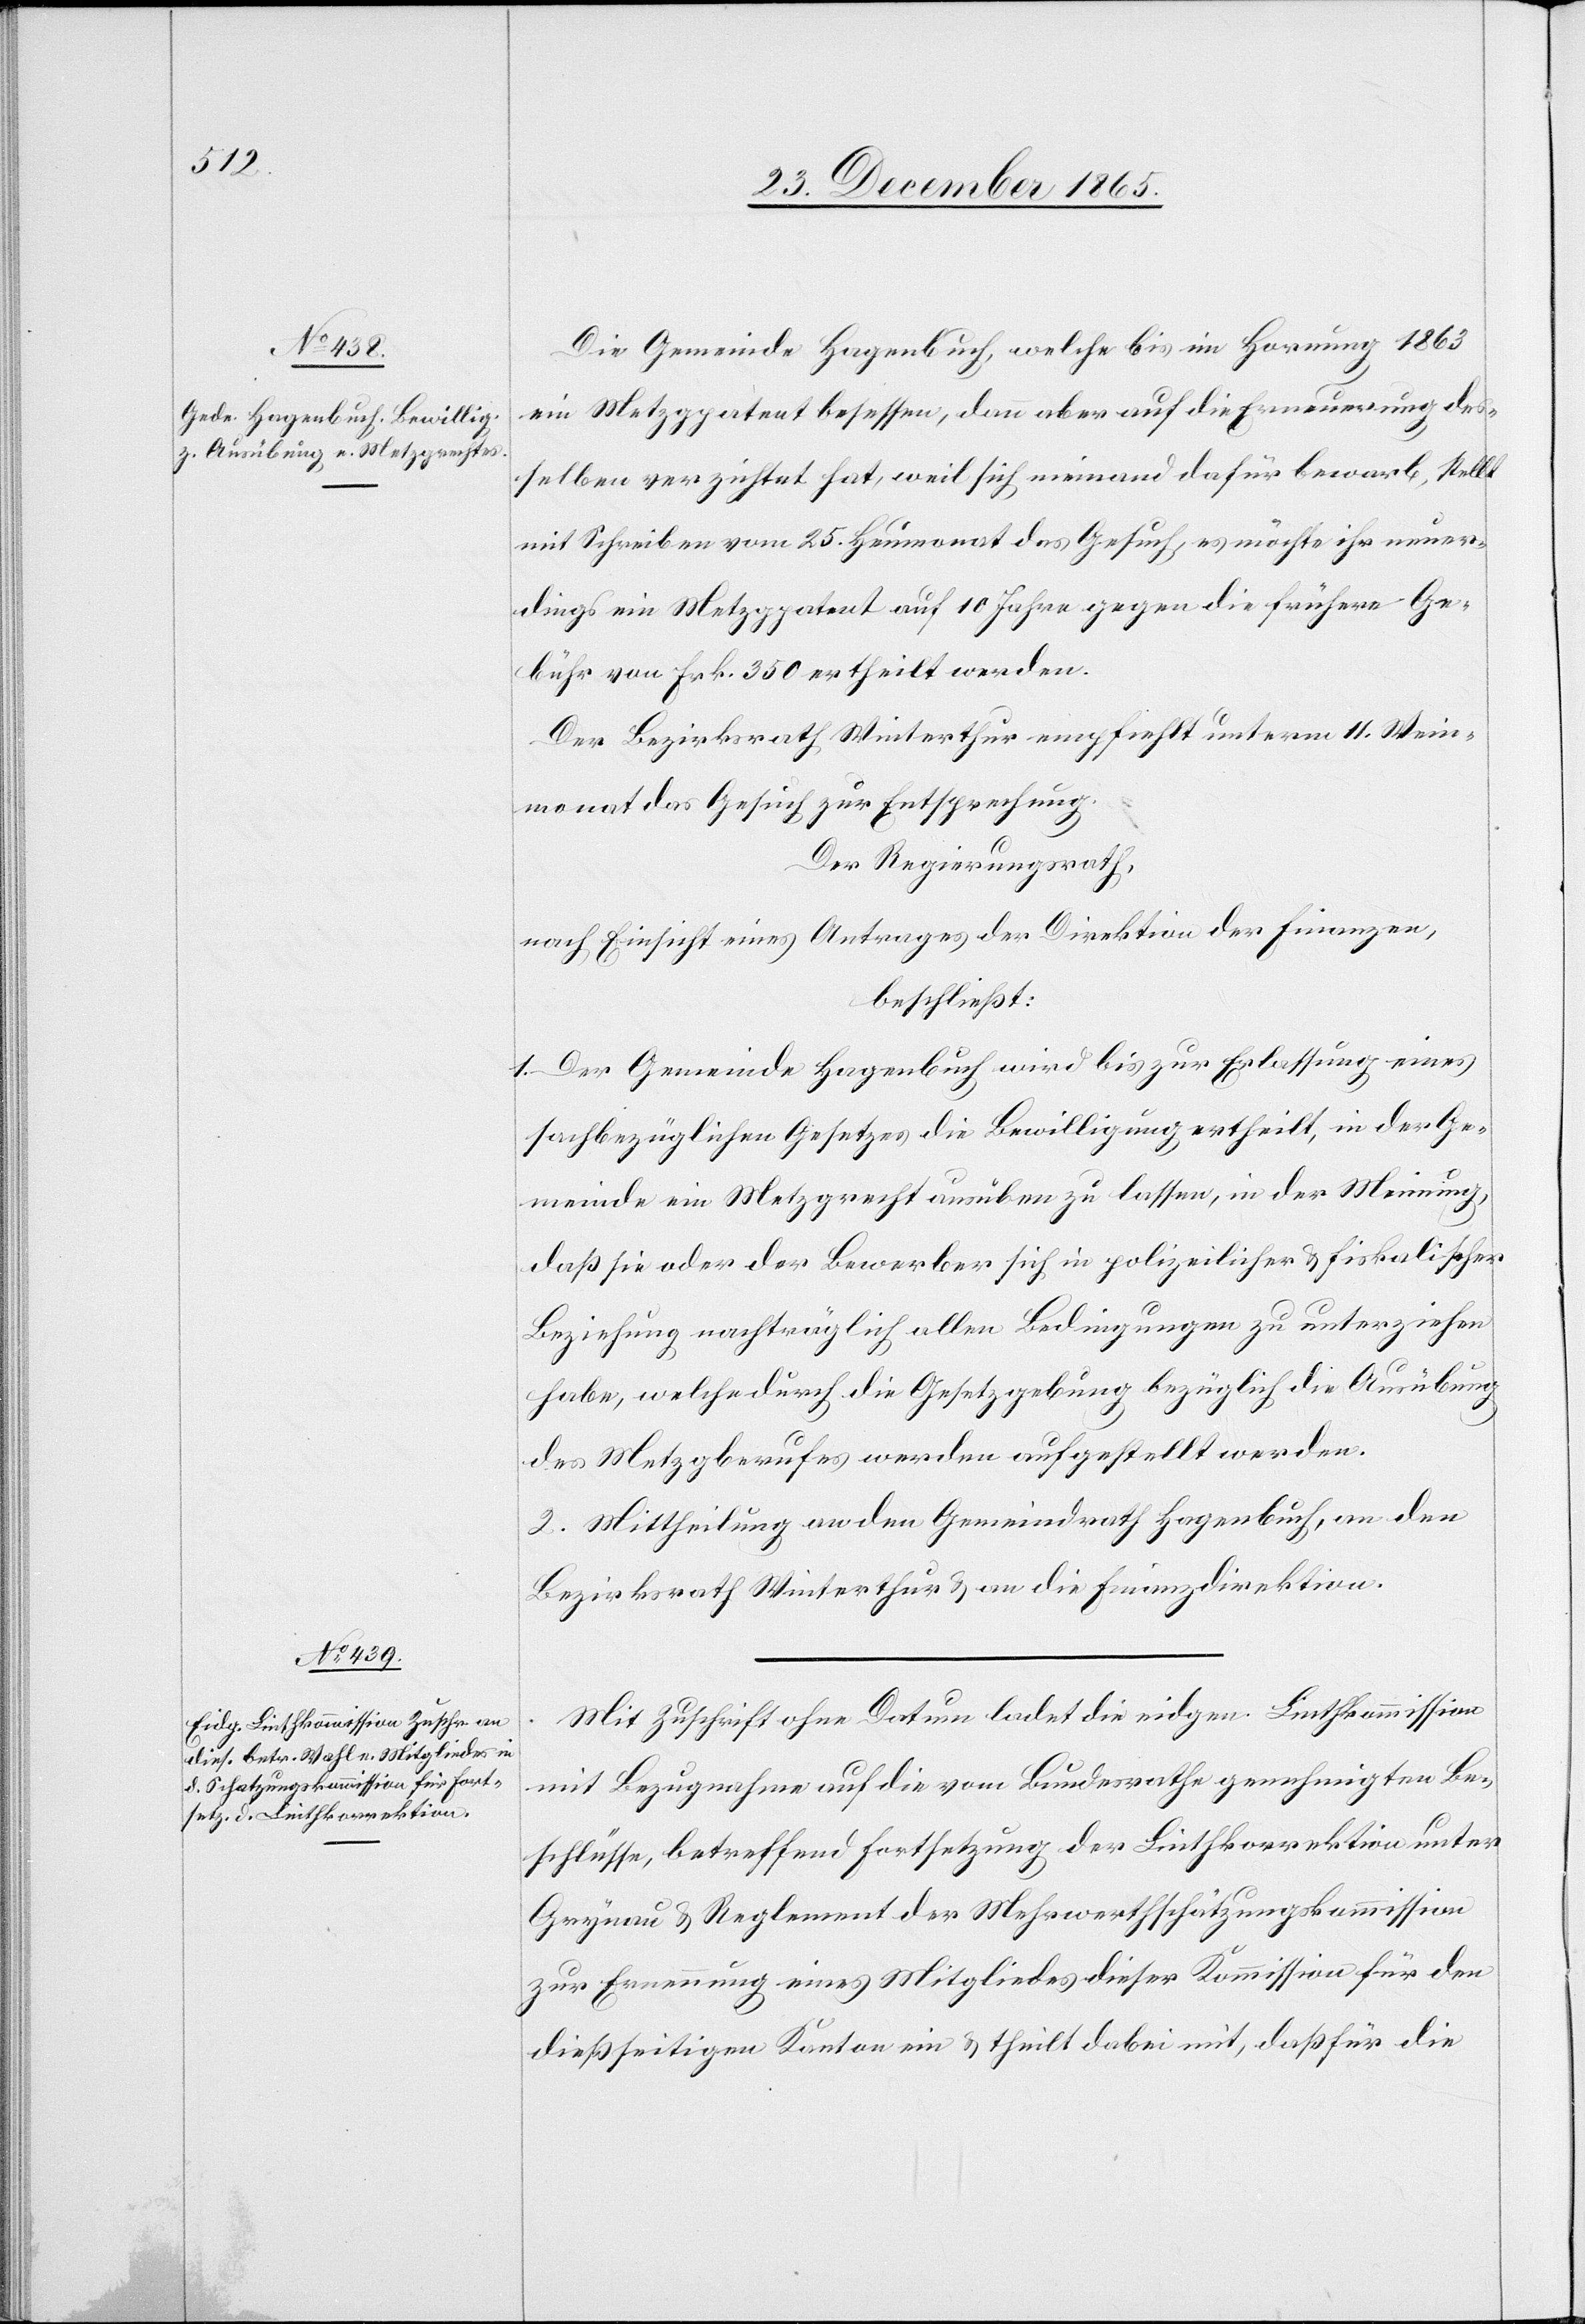
Die Gemeinde Hagenbuch, welche bis im Hornung 1863
ein Metzgpatent besessen, dann aber auf die Erneuerung des¬
selben verzichtet hat, weil sich niemand dafür bewarb, stellt
mit Schreiben von 25. Heumonat das Gesuch, es möchte ihr neuer¬
dings ein Metzgpatent auf 10 Jahre gegen die frühere Ge¬
bühr von Frk. 350 ertheilt werden,
Der Bezirksrath Winterthur empfiehlt unterm 11. Winter¬
monat das Gesuch zur Entsprechung.
Der Regierungsrath,
nach Einsicht eines Antrages der Direktion der Finanzen,
beschließt:
1. Der Gemeinde Hagenbuch wird bis zur Erlassung eines
sachbezügliches Gesetzes die Bewilligung ertheilt, in der Ge¬
meinde ein Metzgrecht ausüben zu lassen, in der Meinung,
daß sie oder der Bewerber sich in polizeilicher & fiskalischer
Beziehung nachträglich allen Bedingungen zu unterziehen
habe, welche durch die Gesetzgebung bezüglich die Ausübung
des Metzgberufes werden aufgestellt werden.
2. Mittheilung an den Gemeindrath Hagenbuch, an den
Bezirksrath Winterthur & an die Finanzdirektion.
Mit Zuschrift ohne Datum ladet die eidgen. Linthkommission
mit Bezugnahme auf die vom Bundesrathe genehmigten Be¬
schlüsse, betreffend Fortsetzung der Linthkorrektion unter
Grynau & Reglement der Mehrwerthschatzungskommission
zur Erneuerung eines Mitgliedes dieser Kommission für den
dießseitigen Kanton ein & theilt dabei mit, daß für die